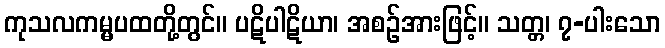
ကုသလကမ္မပထတို့တွင်။ ပဋိပါဋိယာ၊ အစဉ်အားဖြင့်။ သတ္တ၊ ၇-ပါးသော